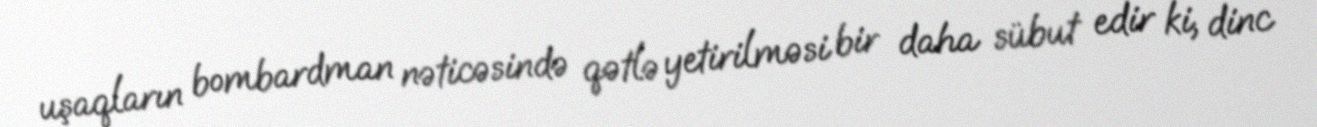
uşaqların bombardman nəticəsində qətlə yetirilməsi bir daha sübut edir ki, dinc